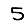
Digit: 5